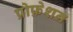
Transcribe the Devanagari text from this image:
प्रोफ़ेशन